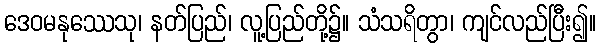
ဒေဝမနုဿေသု၊ နတ်ပြည်၊ လူ့ပြည်တို့၌။ သံသရိတွာ၊ ကျင်လည်ပြီး၍။